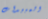
المبيدات